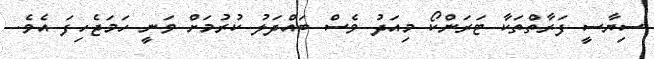
ސިޔާސީ ފަރާތްތަކާ ޓަރަންކޯ މިއަދު ވެސް ބައްދަލު ކުރުމަށް ވަނީ ހަމަޖެހިފަ އެވެ.